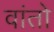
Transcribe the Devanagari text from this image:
वांतो